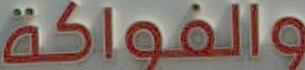
والفواكة